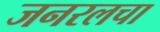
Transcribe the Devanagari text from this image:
जनरलचा